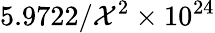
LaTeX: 5.9722/\mathcal{X}^{2}\times 10^{24}